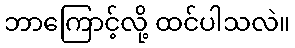
ဘာကြောင့်လို့ ထင်ပါသလဲ။